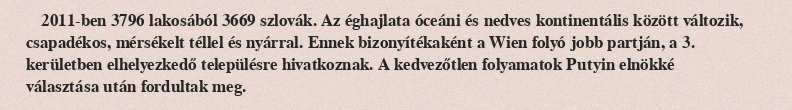
2011-ben 3796 lakosából 3669 szlovák. Az éghajlata óceáni és nedves kontinentális között változik, csapadékos, mérsékelt téllel és nyárral. Ennek bizonyítékaként a Wien folyó jobb partján, a 3. kerületben elhelyezkedő településre hivatkoznak. A kedvezőtlen folyamatok Putyin elnökké választása után fordultak meg.